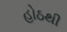
હોઠથી